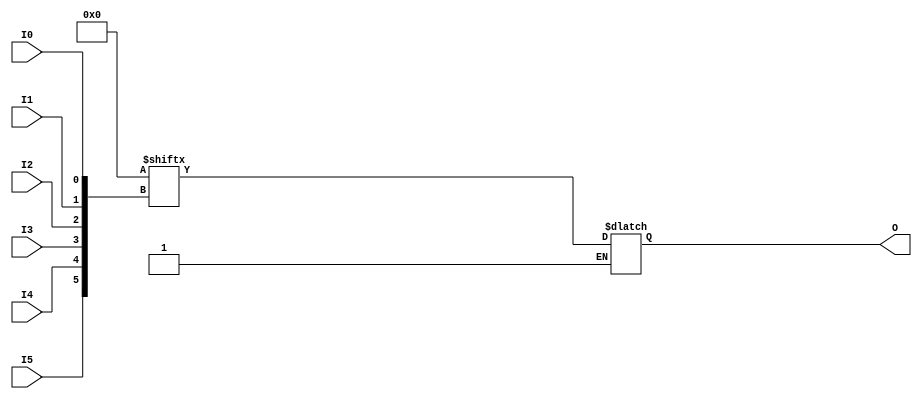
module STATE_LOGIC_v8_3 (O, I0, I1, I2, I3, I4, I5);
  parameter INIT = 64'h0000000000000000;
  input I0, I1, I2, I3, I4, I5;
  output O;
  reg O;
  reg tmp;
  always @( I5 or I4 or I3 or  I2 or  I1 or  I0 )  begin
    tmp =  I0 ^ I1  ^ I2 ^ I3 ^ I4 ^ I5;
    if ( tmp == 0 || tmp == 1)
        O = INIT[{I5, I4, I3, I2, I1, I0}];
  end
endmodule